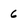
Character: 6